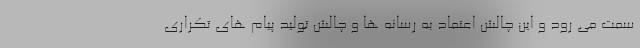
سمت می رود و این چالش اعتماد به رسانه ها و چالش تولید پیام های تکراری